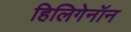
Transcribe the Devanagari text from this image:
हिलिगेनॉन